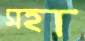
সহা